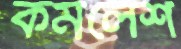
কমলেশ